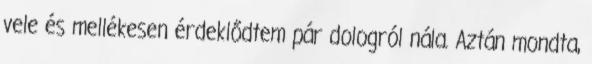
vele és mellékesen érdeklődtem pár dologról nála. Aztán mondta,